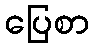
ပြေစာ